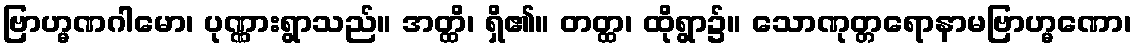
ဗြာဟ္မဏဂါမော၊ ပုဏ္ဏားရွာသည်။ အတ္ထိ၊ ရှိ၏။ တတ္ထ၊ ထိုရွာ၌။ သောဏုတ္တရောနာမဗြာဟ္မဏော၊